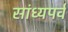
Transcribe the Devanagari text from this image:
सांध्यपर्व